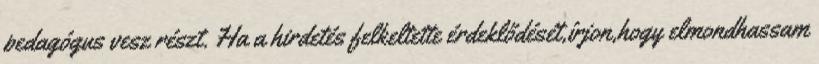
pedagógus vesz részt. Ha a hirdetés felkeltette érdeklődését,írjon,hogy elmondhassam